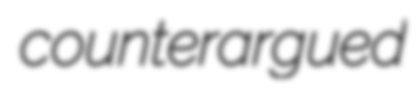
counterargued